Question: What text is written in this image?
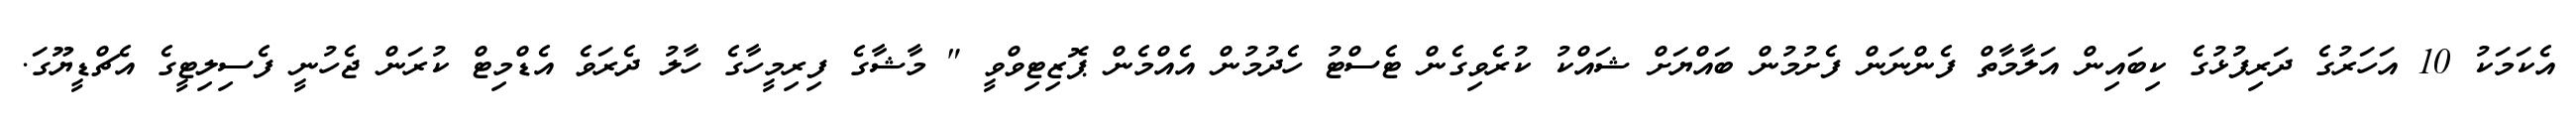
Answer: އެކަމަކު 10 އަހަރުގެ ދަރިފުޅުގެ ކިބައިން އަލާމާތް ފެންނަން ފެށުމުން ބައްޔަށް ޝައްކު ކުރެވިގެން ޓެސްޓު ހެދުމުން އެއްމެން ޕޮޒިޓިވްވީ " މާޝާގެ ފިރިމީހާގެ ހާލު ދެރަވެ އެޑްމިޓް ކުރަން ޖެހުނީ ފެސިލިޓީގެ އެޗްޑީޔޫގަ.